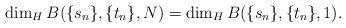
LaTeX: \begin{align*} \dim_HB(\{s_n\}, \{t_n\}, N)=\dim_H B(\{s_{n}\}, \{t_{n}\}, 1). \end{align*}